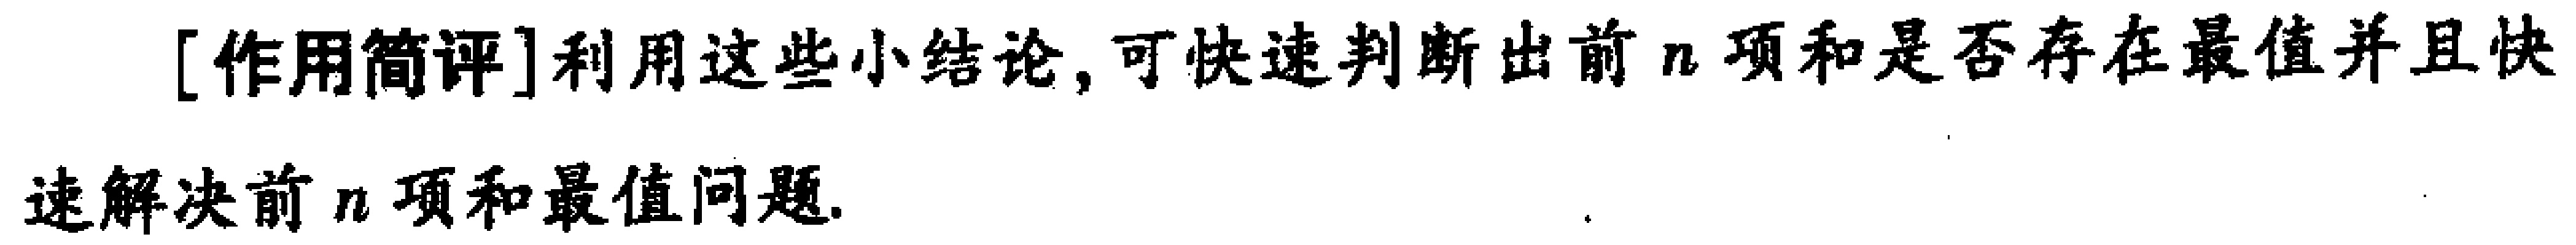
[作用简评]利用这些小结论, 可快速判断出前 \(n\) 项和是否存在最值并且快速解决前 \(n\) 项和最值问题.